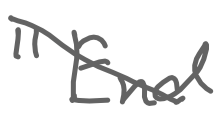
Text: "End
Cross-out: diagonal
Writing tool: digital_gray